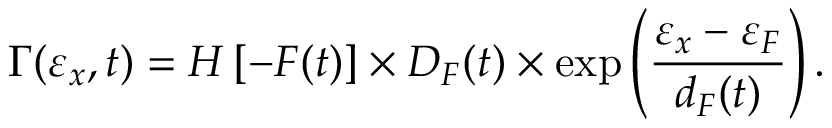
\Gamma ( \varepsilon _ { x } , t ) = H \left[ - F ( t ) \right] \times D _ { F } ( t ) \times \exp \left( \frac { \varepsilon _ { x } - \varepsilon _ { F } } { d _ { F } ( t ) } \right) .